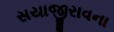
સયાજીરાવના